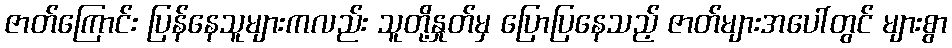
ဇာတ်ကြောင်း ပြန်နေသူများကလည်း သူတို့နှုတ်မှ ပြောပြနေသည့် ဇာတ်များအပေါ်တွင် များစွာ